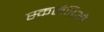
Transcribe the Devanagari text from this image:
स्कलेरिओ